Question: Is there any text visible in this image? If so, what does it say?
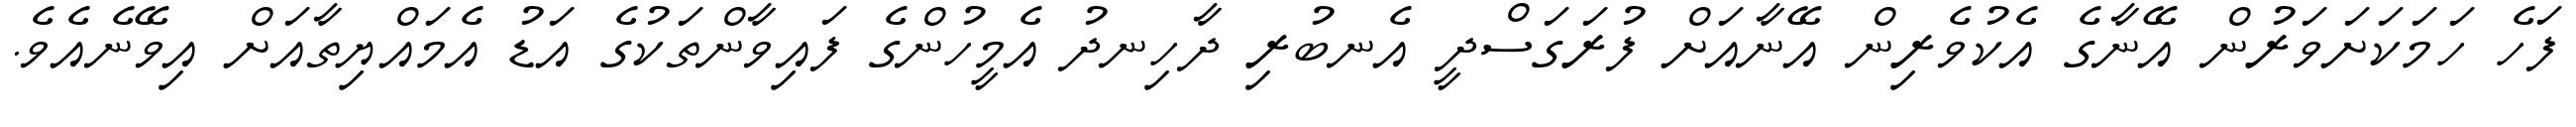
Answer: ފަހެ ހަމަކަށަވަރުން އޭނާގެ އެކުވެރިން އޭނާއަށް ފުރަގަސްދީ އެނބުރި ދާހިނދު އެމީހުންގެ ފައިވާންތަކުގެ އަޑު އެމައްޔިތާއަށް އިވޭނެއެވެ.